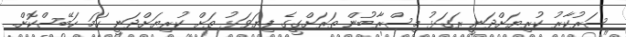
ސަރުކާރު ކުރިޔަށްދަނީ ރަގަޅު މިސްރާބުން ތަރަށްގީގެ ފިޔަވަޅު ތަށް ކުރިޔަށްދަނީ ހަމަ ހަބޭސްކޮށް.